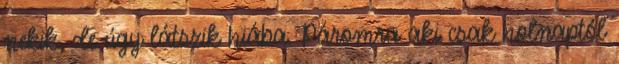
nekik, de úgy látszik hiába. Páromra aki csak holnaptól